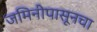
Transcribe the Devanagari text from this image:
जमिनीपासूनचा